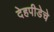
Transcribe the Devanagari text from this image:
देहपीडेचे